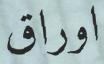
اوراق